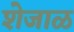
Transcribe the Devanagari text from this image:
शेजाळ